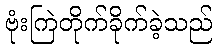
ဗုံးကြဲတိုက်ခိုက်ခဲ့သည်